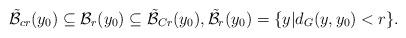
LaTeX: \begin{align*}\mathcal{\tilde{B}}_{cr}(y_0)\subseteq \mathcal{B}_r(y_0)\subseteq \mathcal{\tilde{B}}_{Cr}(y_0),\mathcal{\tilde{B}}_r(y_0)=\{y| d_G(y,y_0)< r\}.\end{align*}